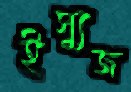
ইস্যুজ